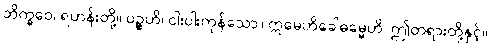
ဘိက္ခဝေ၊ ရဟန်းတို့။ ပဉ္စဟိ၊ ငါးပါးကုန်သော။ ဣမေဟိခေါဓမ္မေဟိ၊ ဤတရားတို့နှင့်။